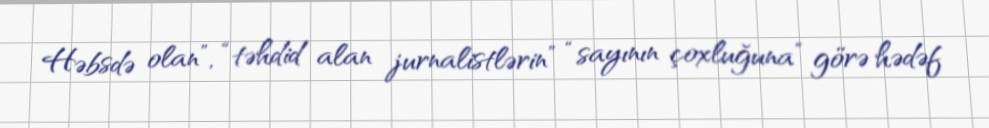
Həbsdə olan”, “təhdid alan jurnalistlərin” “sayının çoxluğuna” görə hədəf